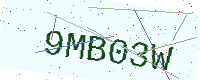
Text: 9MB03W